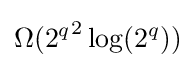
\Omega ({2^{q}}^{2}\log({2^{q}}))